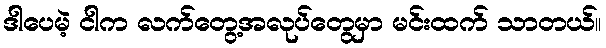
ဒါပေမဲ့ ငါက လက်တွေ့အလုပ်တွေမှာ မင်းထက် သာတယ်။